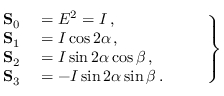
\left. \begin{array} { r l } { \mathbf { S } _ { 0 } } & { { } = E ^ { 2 } = I \, , } \\ { \mathbf { S } _ { 1 } } & { { } = I \cos 2 \alpha \, , } \\ { \mathbf { S } _ { 2 } } & { { } = I \sin 2 \alpha \cos \beta \, , } \\ { \mathbf { S } _ { 3 } } & { { } = - I \sin 2 \alpha \sin \beta \, . \phantom { Z Z Z } } \end{array} \right\}